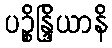
ပဉ္စိန္ဒြိယာနိ